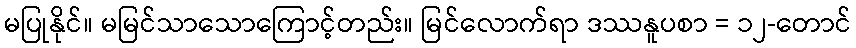
မပြုနိုင်။ မမြင်သာသောကြောင့်တည်း။ မြင်လောက်ရာ ဒဿနူပစာ = ၁၂-တောင်